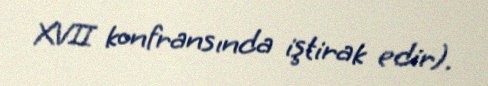
XVII konfransında iştirak edir).